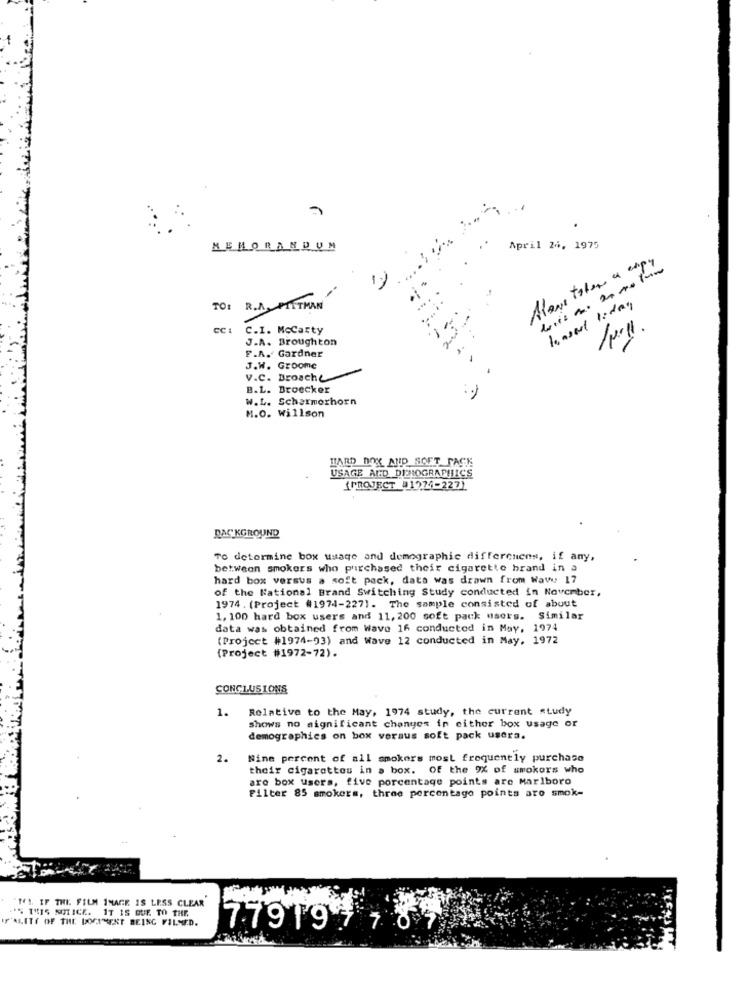
MEMORANDUM
April 24, 1975
Alone taler a expy
lense liday
TO: R.A. PITMAN
C.I. McCarty
/p.11
J.A. Broughton
F.A. Gardner
J.W. Groome
V.c. Brosche
B.L. Broecker
W.L. Schermerhorn
M.O. Willson
HARD DOK AND SOFT PACK
USAGE AND DEHOGRAPHICS
(PROJECT #1974-227)
BACKGROUND
To determine box usage and demographic differences, if any,
between smokers who purchased their cigarette brand in a
hard box versus a soft pack, data was drawn from Wawe 17
of the National Brand Switching Study conducted in November,
1974 . (Project #1974-227]. The sample consisted of about
1, 100 hard box users and 11, 200 soft pack users. Similar
data was obtained from Wave 16 conducted in May, 1974
(Project #1974-93) and Wave 12 conducted in May, 1972
(Project #1972-72).
CONCLUSIONS
1. Relative to the May, 1974 study, the current study
shows no significant changes in either box usage or
demographics on box voraus soft pack users.
2.
Nine percent of all smokers most frequently purchase
their cigarettes in a box. Of the 9% of smokers who
are box users, five porcentage points are Marlboro
Filter 85 smokers, three percentage points aro smok-
"MA. IF THE FILM IMAGE IS LESS CLEAR
-'S THIS NOTICE. IT IS DUE TO THE
S'ALITY OF THE DOCUMENT BEING FILSED.
77919 87